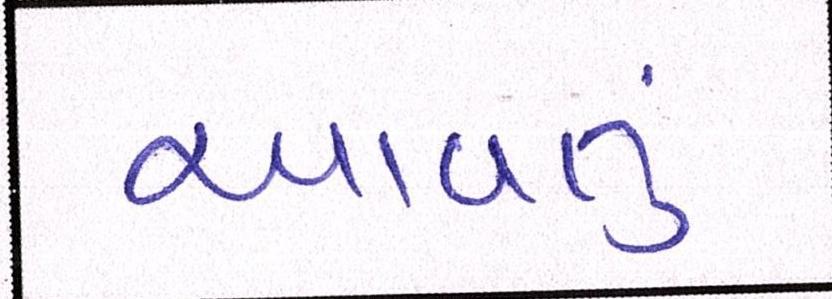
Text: આવતુ